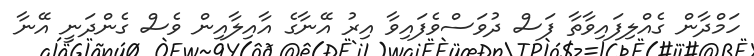
ހަމްދާން ގެއްލިފައިވާތާ ފަސް ދުވަސްވެފައިވާ އިރު އޭނާގެ އާއިލާއިން ވެސް ގެންދަނީ އޭނާ